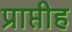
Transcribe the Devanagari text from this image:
प्राप्तीह